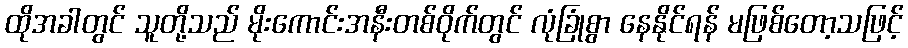
ထိုအခါတွင် သူတို့သည် မိုးကောင်းအနီးတစ်ဝိုက်တွင် လုံခြုံစွာ နေနိုင်ရန် မဖြစ်တော့သဖြင့်